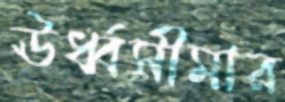
ঊর্ধ্বসীমার